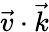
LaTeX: \vec{v}\cdot\vec{k}